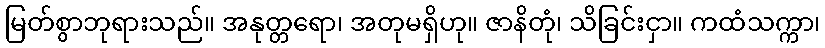
မြတ်စွာဘုရားသည်။ အနုတ္တရော၊ အတုမရှိဟု။ ဇာနိတုံ၊ သိခြင်းငှာ။ ကထံသက္ကာ၊